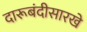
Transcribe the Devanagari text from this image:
दारूबंदीसारखे